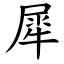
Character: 犀